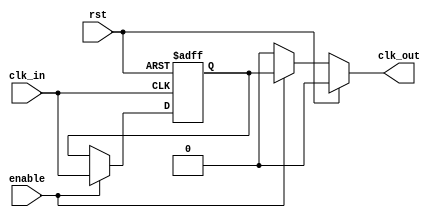
module clk_buffer (
    input wire clk_in,         // Single-ended clock input
    output reg clk_out,       // Buffered clock output
    input wire enable,        // Enable input for gating the clock output
    input wire rst            // Asynchronous reset
);

    // Parameters for timing characteristics
    parameter PROP_DELAY = 2; // Propagation delay (in ns)

    // Internal signal to control output
    reg clk_buffered; 

    // Always block for output buffering
    always @(posedge clk_in or posedge rst) begin
        if (rst) begin
            clk_buffered <= 1'b0; // Reset the buffered clock
        end else if (enable) begin
            clk_buffered <= clk_in; // Buffer the incoming clock
        end
    end

    // Always block to drive output
    always @(clk_buffered or rst) begin
        if (rst) begin
            clk_out <= 1'b0; // Reset the output clock
        end else if (enable) begin
            // Adding a delay for propagation to simulate buffer characteristics
            clk_out <= #(PROP_DELAY) clk_buffered;
        end else begin
            clk_out <= 1'b0; // Gated clock is low when not enabled
        end
    end

endmodule